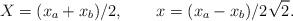
LaTeX: \begin{align*}X = (x_{a} + x_{b})/2 , \qquad x = (x_{a} - x_{b})/2\sqrt{2} .\end{align*}